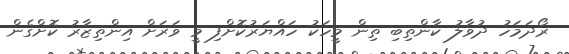
ރޯދަމަހު ދުވާލު ކާންތިބި ތިން މީހަކު ހައްޔަރުކޮށްފި މީ ވަރަށް އިންތިޒާރު ކޮށްގެން